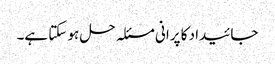
جائیداد کا پرانی مسئلہ حل ہو سکتا ہے۔